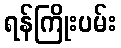
ရန်ကြိုးပမ်း